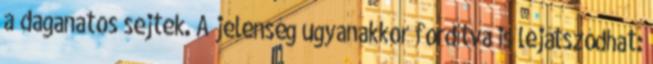
a daganatos sejtek. A jelenség ugyanakkor fordítva is lejátszódhat: